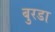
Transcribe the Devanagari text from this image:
बुरडा